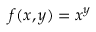
f ( x , y ) = x ^ { y }